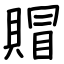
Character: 賵